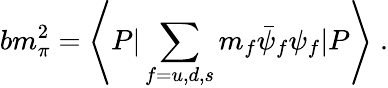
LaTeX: bm_{\pi}^{2}=\left\langle P|\sum_{f=u,d,s}m_{f}\bar{\psi}_{f}\psi_{f}|P\right\rangle\; .